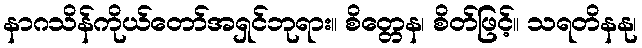
နာဂသိန်ကိုယ်တော်အရှင်ဘုရား။ စိတ္တေန၊ စိတ်ဖြင့်။ သရတိနနု၊